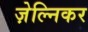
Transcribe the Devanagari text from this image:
ज़ेल्निकर